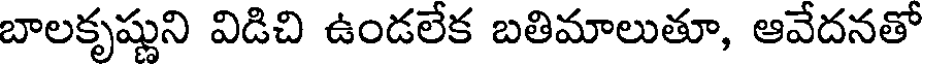
బాలకృష్ణుని విడిచి ఉండలేక బతిమాలుతూ, ఆవేదనతో